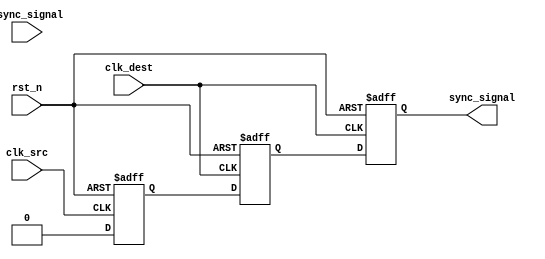
module pulsed_synchronizer (
    input wire clk_src,          // Source clock
    input wire clk_dest,         // Destination clock
    input wire async_signal,      // Asynchronous input signal
    input wire rst_n,            // Asynchronous reset, active low
    output reg sync_signal        // Synchronized output signal
);

    reg ff1;                     // First flip-flop in source clock domain
    reg ff2;                     // Second flip-flop in destination clock domain
    reg pulse;                   // Pulse signal

    // First stage: Sample async_signal in clk_src domain
    always @(posedge clk_src or negedge rst_n) begin
        if (!rst_n) begin
            ff1 <= 1'b0;         // Reset ff1
        end else begin
            ff1 <= async_signal; // Sample async_signal
        end
    end

    // Pulse generation logic
    always @(posedge clk_src or negedge rst_n) begin
        if (!rst_n) begin
            pulse <= 1'b0;       // Reset pulse
        end else begin
            pulse <= ff1 & ~ff1; // Generate pulse on rising edge of ff1
        end
    end

    // Second stage: Sample pulse in clk_dest domain
    always @(posedge clk_dest or negedge rst_n) begin
        if (!rst_n) begin
            ff2 <= 1'b0;         // Reset ff2
        end else begin
            ff2 <= pulse;        // Sample pulse signal
        end
    end

    // Output sync_signal from the second flip-flop
    always @(posedge clk_dest or negedge rst_n) begin
        if (!rst_n) begin
            sync_signal <= 1'b0; // Reset sync_signal
        end else begin
            sync_signal <= ff2;   // Output synchronized signal
        end
    end

endmodule